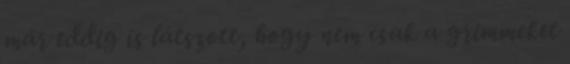
már eddig is látszott, hogy nem csak a grimmeket